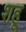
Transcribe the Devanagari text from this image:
शहू